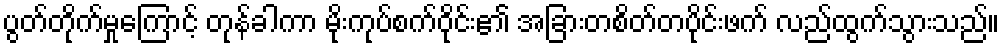
ပွတ်တိုက်မှုကြောင့် တုန်ခါကာ မိုးကုပ်စက်ဝိုင်း၏ အခြားတစိတ်တပိုင်းဖက် လည်ထွက်သွားသည်။